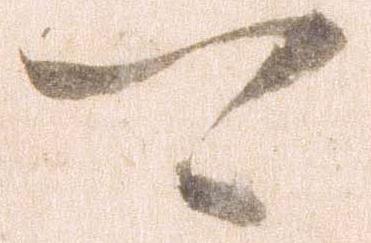
可